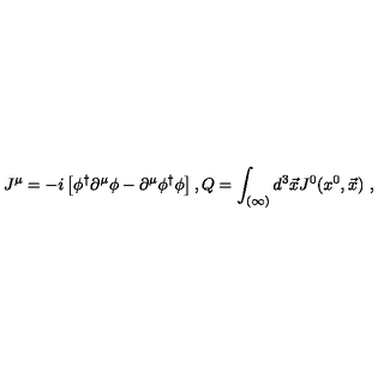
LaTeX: J ^ { \mu } = - i \left[ \phi ^ { \dagger } \partial ^ { \mu } \phi - \partial ^ { \mu } \phi ^ { \dagger } \phi \right] , Q = \int _ { ( \infty ) } d ^ { 3 } \vec { x } J ^ { 0 } ( x ^ { 0 } , \vec { x } ) \ ,